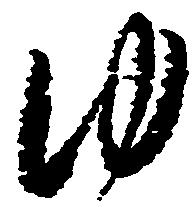
ゆ